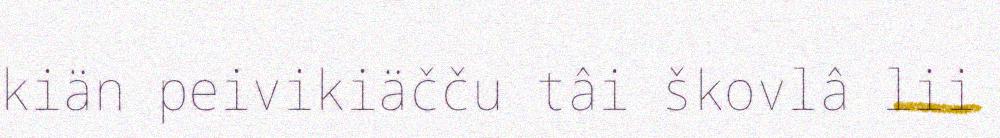
kiän peivikiäčču tâi škovlâ lii